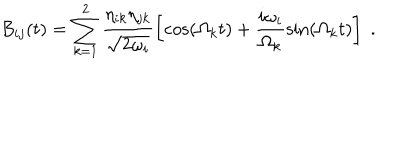
B _ { i j } ( t ) = \sum _ { k = 1 } ^ { 2 } \frac { \eta _ { i k } \eta _ { j k } } { \sqrt { 2 \omega _ { i } } } \left[ \cos ( \Omega _ { k } t ) + \frac { i \omega _ { i } } { \Omega _ { k } } \sin ( \Omega _ { k } t ) \right] \; .